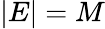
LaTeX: |E|=M